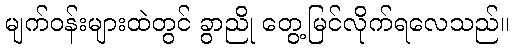
မျက်ဝန်းများထဲတွင် ခွာညို တွေ့မြင်လိုက်ရလေသည်။